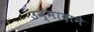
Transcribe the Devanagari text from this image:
उन्मादाने